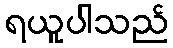
ရယူပါသည်